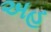
અહ